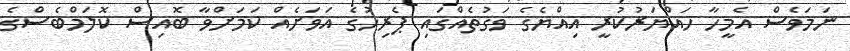
ނަމަވެސް އެމީހާ ހައްޔަރުކުރީ އިއްޔެގެ ވަގުތެއްގައި ޕެރިހުގެ އަވަށެއް ކަމަށްވާ ބޮއިސް ކޮލަމްބެސްގެ